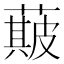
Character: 𮑣